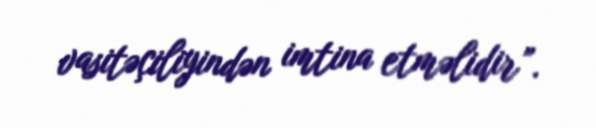
vasitəçiliyindən imtina etməlidir”.